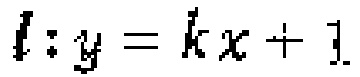
\(l:y = kx + 1\)